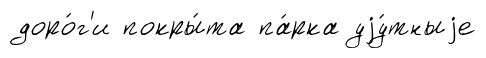
доро́г'и покры́та па́рка уjу́тныjе